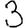
Digit: 3